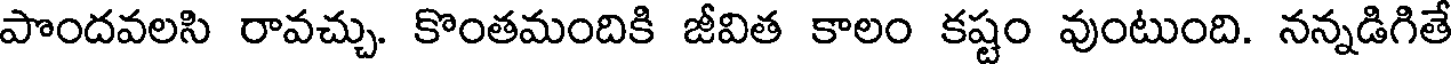
పొందవలసి రావచ్చు. కొంతమందికి జీవిత కాలం కష్టం వుంటుంది. నన్నడిగితే